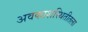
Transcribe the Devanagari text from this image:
अवकाशस्थितीतला